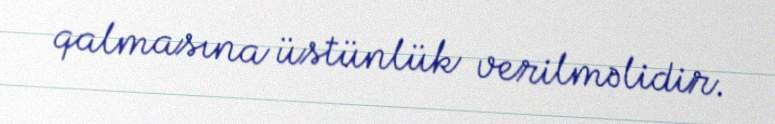
qalmasına üstünlük verilməlidir.